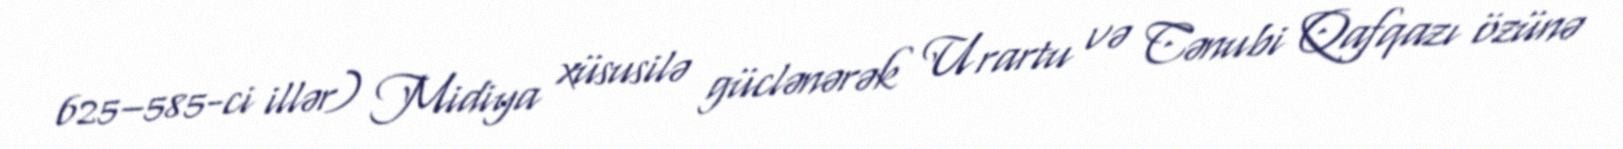
625–585-ci illər) Midiya xüsusilə güclənərək Urartu və Cənubi Qafqazı özünə